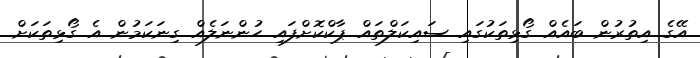
އޭގެ އިތުރުން ބައެއް ގޯޅިތަކުގައި ސައިކަލްތައް ޕާކްކޮށްފައި ހުންނަލެއް ގިނަކަމުން އެ ގޯޅިތަކަށް